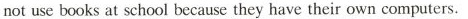
not use books at school because they have their own computers.